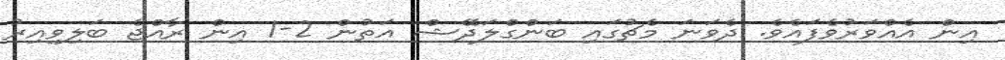
އިން އެއްވަރުވެފައެވެ. ދެވަނަ މެޗުގައި ބަންގްލަދޭޝް އަތުން 2-1 އިން ރާއްޖެ ބަލިވިއިރު